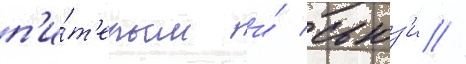
п'и́т'ером и́ сьюз'и //